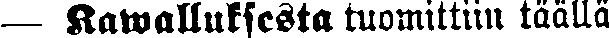
— Kawalluksesta tuomittiin täällä